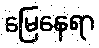
မြေနေရာ